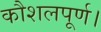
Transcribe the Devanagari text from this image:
कौशलपूर्ण।